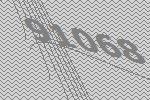
91068